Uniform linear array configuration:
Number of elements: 64
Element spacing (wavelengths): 0.25
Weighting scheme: blackman
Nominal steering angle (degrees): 15
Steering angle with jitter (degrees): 13.052
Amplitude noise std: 0.05
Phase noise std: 0.05

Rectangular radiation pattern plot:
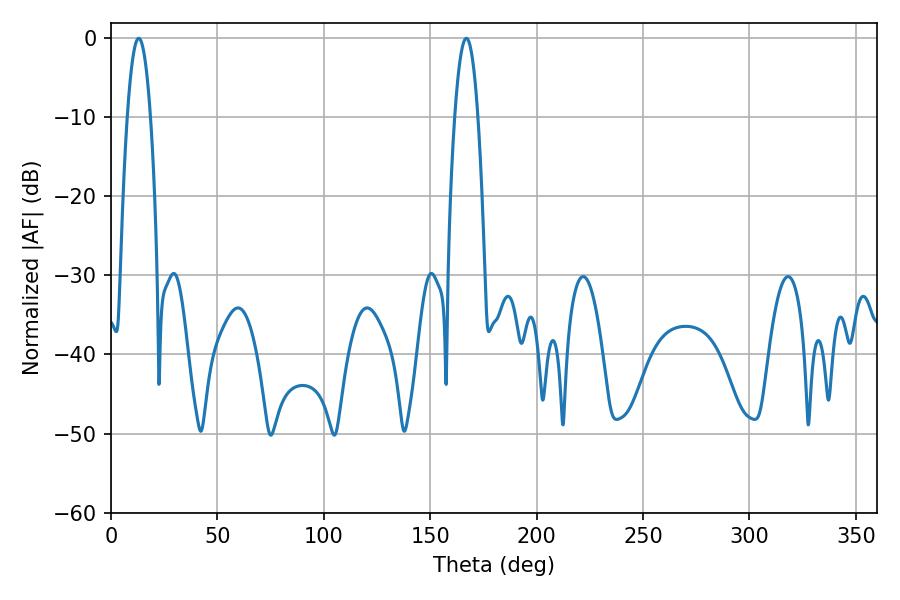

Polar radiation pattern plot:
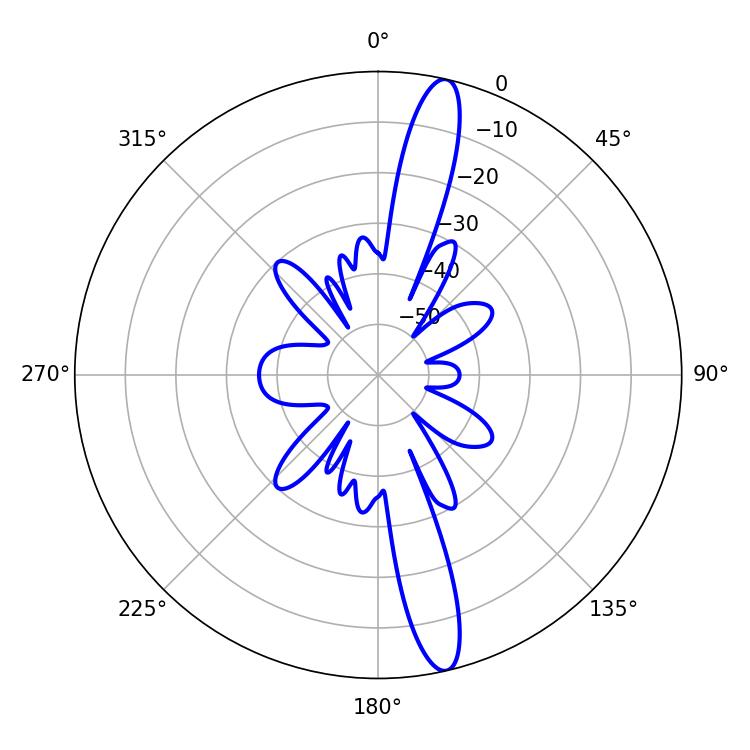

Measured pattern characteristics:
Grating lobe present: FALSE
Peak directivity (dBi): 15.943
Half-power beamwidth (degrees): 5.94
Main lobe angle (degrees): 12.96